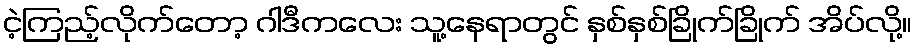
ငဲ့ကြည့်လိုက်တော့ ဂါဒီကလေး သူ့နေရာတွင် နှစ်နှစ်ခြိုက်ခြိုက် အိပ်လို့။